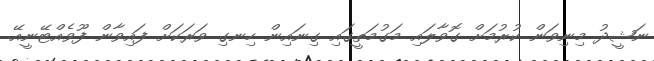
ނަޝީދު މިނިވަން ކުރުމަށް ގޮވާލައި މަގުމަތީގައި ގިނައިން ހިނގި ވަރަކަށް ފައިވާން ފޫވެއްޓޭނީއޭ.